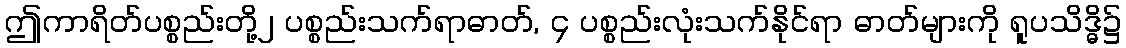
ဤကာရိတ်ပစ္စည်းတို့၂ ပစ္စည်းသက်ရာဓာတ်, ၄ ပစ္စည်းလုံးသက်နိုင်ရာ ဓာတ်များကို ရူပသိဒ္ဓိ၌